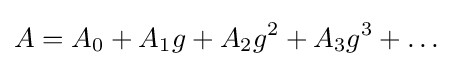
A=A_{0}+A_{1}g+A_{2}g^{2}+A_{3}g^{3}+\dots